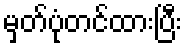
မှတ်ပုံတင်ထားပြီး